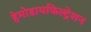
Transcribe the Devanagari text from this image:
हेमोडायफिल्ट्रेशन